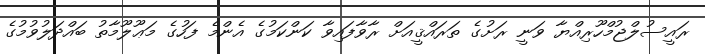
ރައީސުލްޖުމްހޫރިއްޔާ ވަނީ ރަށުގެ ތަރައްޤީއަށް ރާވާފައިވާ ކަންކަމުގެ އެންމެ ފަހުގެ މަޢޫލޫމާތު ބައްދަލުވުމުގެ